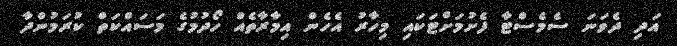
އަދި ދެވަނަ ސެމެސްޓާ ފެށުމަށްޓަކައި މިހާރު އެހެން އިމާރާތެއް ހޯދުމުގެ މަސައްކަތް ކުރަމުންދާ